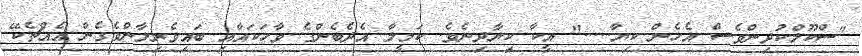
"ސްކޫލްކުދިންވެސް އެހެން ކިޔާ....." އީކާ ކިޔާދިނެވެ. ކަމީލާ އެދެބެންގެ ވާހަކައާއި ބައިވެރިލާންވެގެން އެއްޗެކޭ